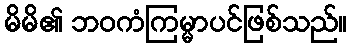
မိမိ၏ ဘဝကံကြမ္မာပင်ဖြစ်သည်။